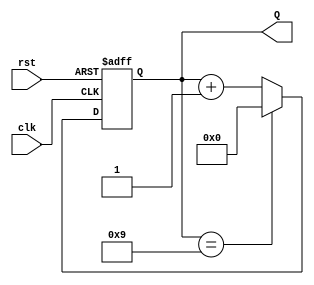
module decade_counter (
    input wire clk,      // Clock input
    input wire rst,      // Asynchronous reset input
    output reg [3:0] Q   // 4-bit output representing the current count value
);

// Always block triggered on the rising edge of the clock or when reset is asserted
always @(posedge clk or posedge rst) begin
    if (rst) begin
        Q <= 4'b0000; // Reset the counter to 0
    end else begin
        if (Q == 4'b1001) begin
            Q <= 4'b0000; // Reset to 0 after reaching 9
        end else begin
            Q <= Q + 1; // Increment the counter
        end
    end
end

endmodule